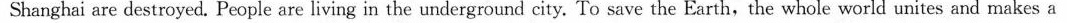
Shanghai are destroyed. People are living in the underground city. To save the Earth,the whole world unites and makes a